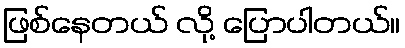
ဖြစ်နေတယ် လို့ ပြောပါတယ်။